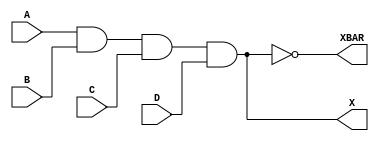
module EXP_GATE_1(input A,input B,input C,input D,output X,output XBAR);
assign X = A & B & C & D;
assign XBAR = ~X;
endmodule